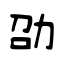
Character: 劭